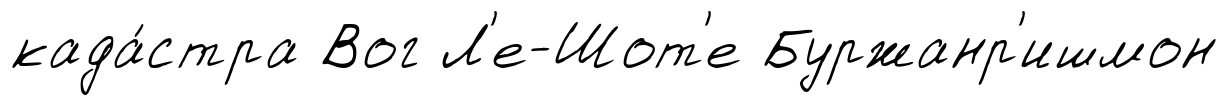
када́стра Вог Л'е-Шот'е Буржанр'ишмон